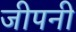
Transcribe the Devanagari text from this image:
जीपनी